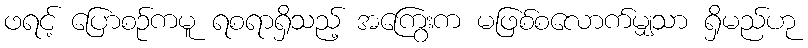
ဖရင့် ပြောစဉ်ကမူ ရစရာရှိသည့် အကြွေးက မဖြစ်စလောက်မျှသာ ရှိမည်ဟု